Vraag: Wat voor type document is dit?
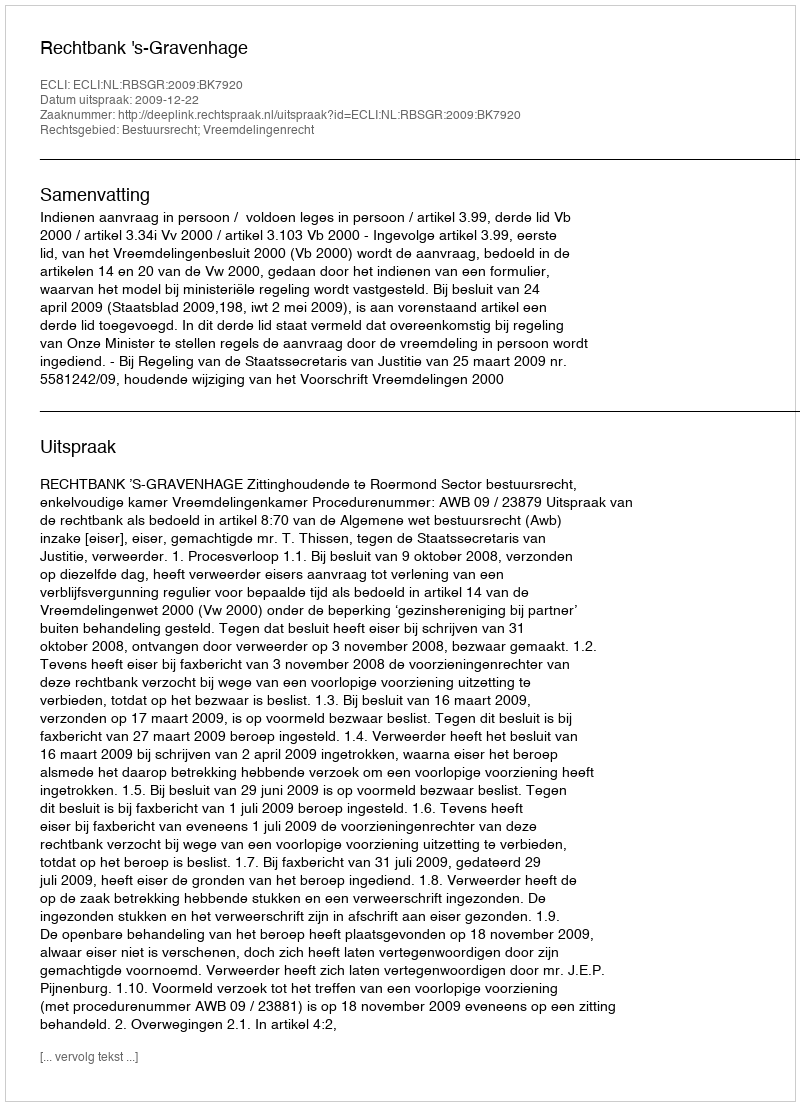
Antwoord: Uitspraak